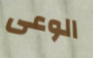
الوعى